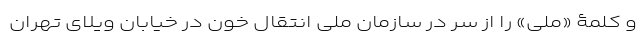
و کلمۀ «ملی» را از سر در سازمان ملی انتقال خون در خیابان ویلای تهران